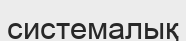
системалық